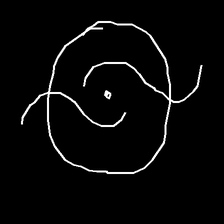
Glyph: repetition